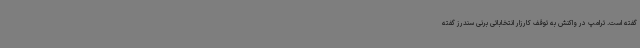
گفته است. ترامپ در واکنش به توقف کارزار انتخاباتی برنی سندرز گفته